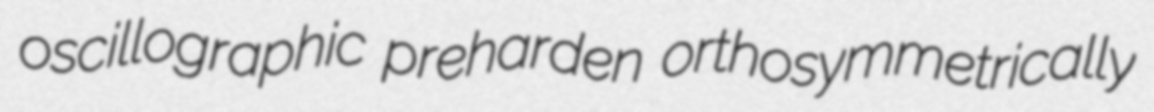
oscillographic preharden orthosymmetrically